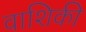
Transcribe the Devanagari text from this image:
वाशिकी